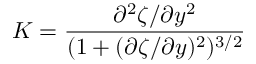
K = \frac { \partial ^ { 2 } \zeta / \partial y ^ { 2 } } { ( 1 + ( \partial \zeta / \partial y ) ^ { 2 } ) ^ { 3 / 2 } }